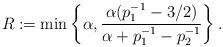
LaTeX: \begin{align*} R := \min\left\{{\alpha},\frac{{\alpha}(p_1^{-1}-3/2)}{{\alpha}+p_1^{-1}-p_2^{-1}}\right\}. \end{align*}